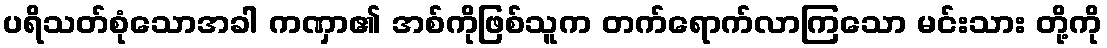
ပရိသတ်စုံသောအခါ ကဏှာ၏ အစ်ကိုဖြစ်သူက တက်ရောက်လာကြသော မင်းသား တို့ကို